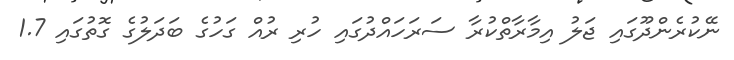
ނޭކުރެންދޫގައި ޖަލު އިމާރާތްކުރާ ސަރަހައްދުގައި ހުރި ރުއް ގަހުގެ ބަދަލުގެ ގޮތުގައި 1.7